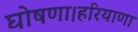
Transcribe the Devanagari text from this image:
घोषणा।हरियाणा